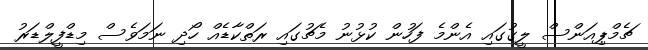
ޗެމްޕިއަންސް ލީގުގައި އެންމެ ފަހުން ކުޅުނު މެޗުގައި ރަތްކާޑެއް ހޯދި ނަމަވެސް މިޑްފީލްޑަރު